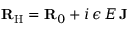
{ \mathbf { R } } _ { \mathrm { H } } = { \mathbf { R } } _ { 0 } + i \, \epsilon \, E \, { \mathbf { J } }